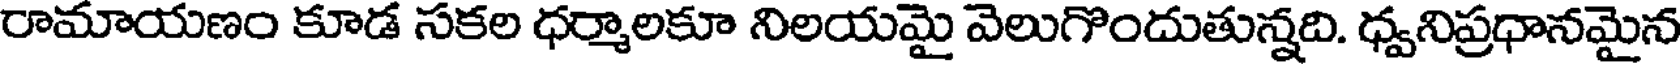
రామాయణం కూడ సకల ధర్మాలకూ నిలయమై వెలుగొందుతున్నది. ధ్వనిప్రధానమైన